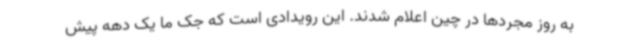
به روز مجردها در چین اعلام شدند. این رویدادی است که جک ما یک دهه پیش